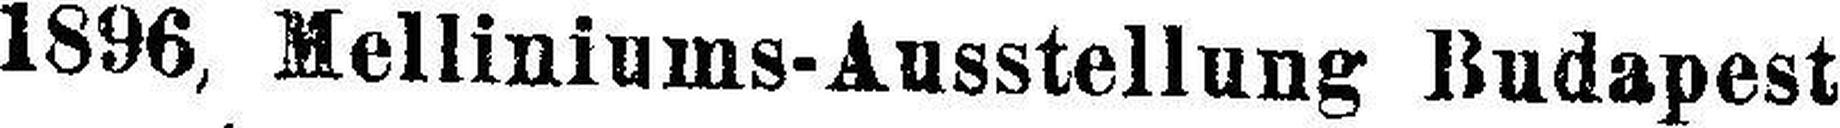
1896, Melliniums-Ausstellung Budapest